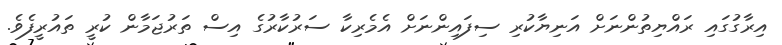
އިރާގުގައި ރައްޔިތުންނަށް އަނިޔާކުރި ސިފައިންނަށް އެމެރިކާ ސަރުކާރުގެ އިސް ތަރުޖަމާން ކުރީ ތައުރީފެވެ.